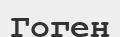
Гоген